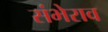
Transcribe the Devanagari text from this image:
संभेराव